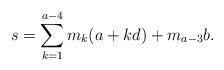
LaTeX: \begin{align*}s=\sum\limits_{k=1}^{a-4} m_{k}(a+kd)+m_{a-3}b. \end{align*}